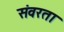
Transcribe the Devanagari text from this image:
संवरता